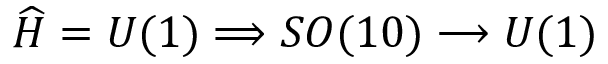
\widehat { H } = U ( 1 ) \Longrightarrow S O ( 1 0 ) \longrightarrow U ( 1 )